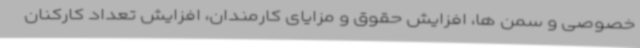
خصوصی و سمن ها، افزایش حقوق و مزایای کارمندان، افزایش تعداد کارکنان